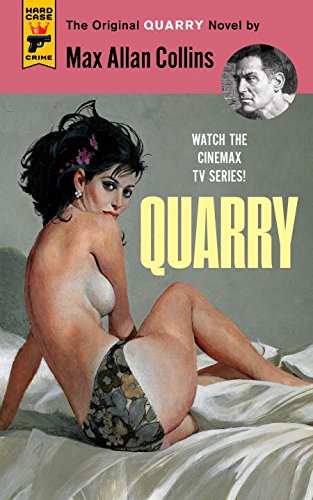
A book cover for Quarry; Max Allan Collins; Mystery, Thriller & Suspense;